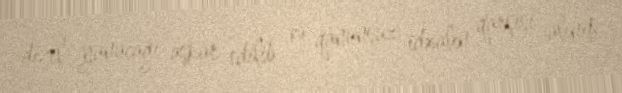
dizel yanacağı aşkar edilib və qanunsuz idxalın qarşısı alınıb.